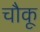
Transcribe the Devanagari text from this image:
चौकू